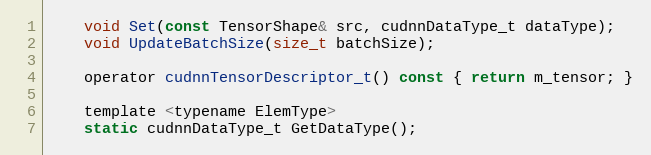
Language: C
    void Set(const TensorShape& src, cudnnDataType_t dataType);
    void UpdateBatchSize(size_t batchSize);

    operator cudnnTensorDescriptor_t() const { return m_tensor; }

    template <typename ElemType>
    static cudnnDataType_t GetDataType();